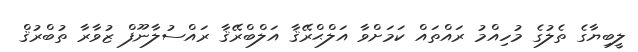
ލީބިޔާގެ ތެލުގެ މުހިއްމު ރައްތައް ކަމަށްވާ އަލްޙްރޭޤާ އަލްބްރޭޤާ ރައްސުލާނޫފް ޒުވާރާ ތުބްރުޤް